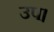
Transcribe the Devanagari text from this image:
उप।